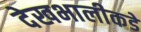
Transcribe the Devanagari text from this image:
देखभालीकडे